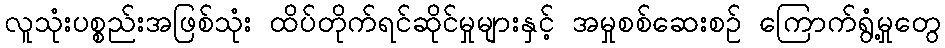
လူသုံးပစ္စည်းအဖြစ်သုံး ထိပ်တိုက်ရင်ဆိုင်မှုများနှင့် အမှုစစ်ဆေးစဉ် ကြောက်ရွံ့မှုတွေ